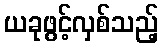
ယခုဖွင့်လှစ်သည့်